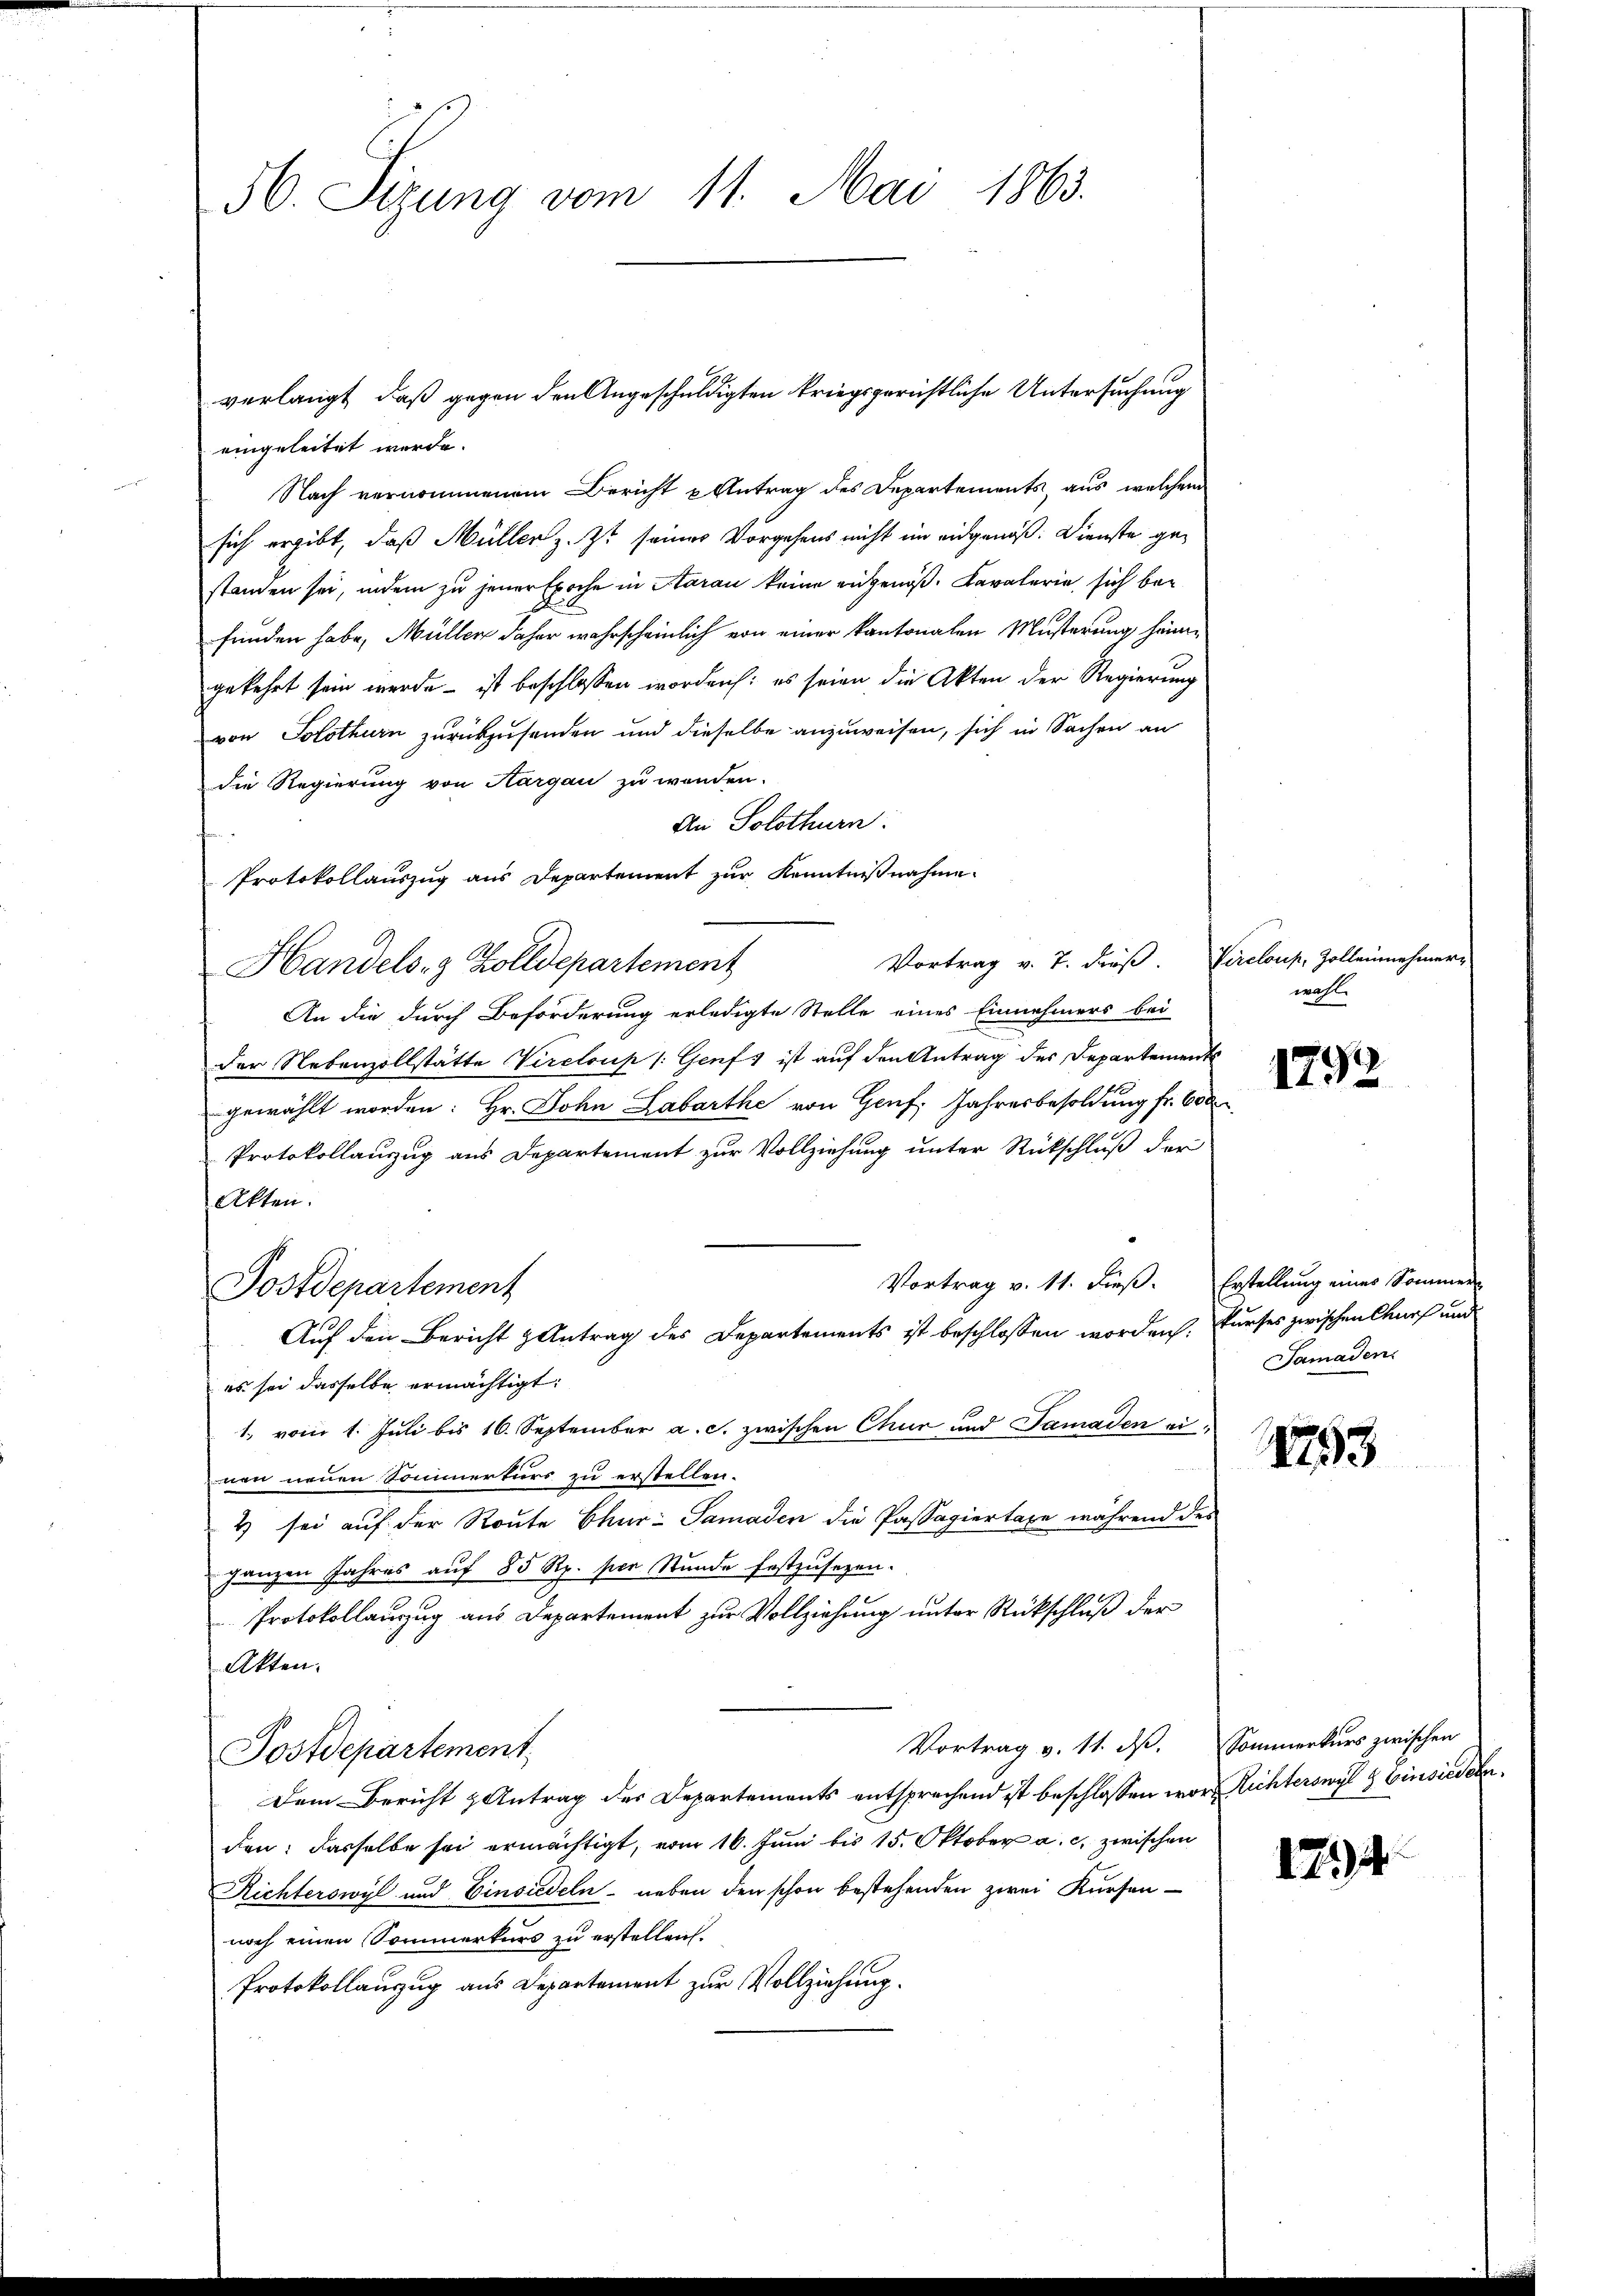
56. Sizung vom 11. Mai 1863.

eingeleitet werde.
Nach vernommenem Bericht u Antrag des Departements, aus welchem
sich ergibt, daß Müller z. Zt. seiner Vorgehens nicht im eidgenöß: Dienste gestanden sei, indem zu jener Epoche in Haran keine eingenos. Lavaterie, sich befunden habe, Müller daher wahrscheinlich von einer kantonalen Musterung hänggekehrt sein werde – ist beschlossen worden: es seien die Akten der Regierung
von Solothurn zurückzusenden und dieselbe anzuweisen, sich in Sachen an
die Regierung von Hargau zu wenden.
An Solothurn.
Protokollauszug aus Departement zur Kenntnißnahme
Handels- & Zolldepartement
An die durch Beförderung erledigte Stelle eines Einnehmers bei
der Nebenzollstätte Vireloup /: Genf ist auf den Antrag des Departements
gewählt worden: Hr. John Labarthe von Genf, Jahresbesoldung fr. 600
Protokollauszug aus Departement zur Vollziehung unter Rückschluß der
Akten.
Vortrag v. 11. dieß. Erstellung eines Sommer-
Postdepartement
Auf den Bericht Antrag des Departements ist beschlossen worden:
es sei dasselbe ermächtigt:
1. vom 1. Juli bis 16. September a. c. zwischen Chur und Samaden einen neuen Sommerturs zu erstellen.
2) sei auf der Route Chur: Samaden die Passagiertaxe während des
ganzen Jahres auf 85 Rp. per Stunde festzusezen.
Protokollauszug aus Departement zur Vollziehung unter Rückschluß der
Akten.
Vortrag v. 11. ds.
Postdepartement
Dem Bericht & Antrag des Departements entsprechend ist beschlossen wor Richterswyl & Einsiedeln.
den; dasselbe sei ermächtigt, vom 16. Juni bis 15. Oktober a. c. zwischen
Richterswyl und Einsiedeln neben den schon bestehenden zwei Kursen-
noch einen Sommerkurs zu erstellen.
Protokollauzug aus Departement zur Vollziehung.

verlangt, daß gegen den Angeschuldigten kriegsgerichtliche Untersuchung

Vortrag v. 7. dieß. Vreloup, Zolleinnahmer-

wahl.

20

1792

kurses zwischen Churf und
Samaden

153

Sommerkurs zwischen

124